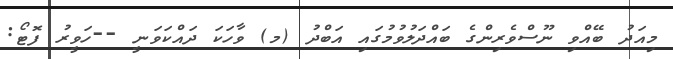
މިއަދު ބޭއްވި ނޫސްވެރިންގެ ބައްދަލުވުމުގައި އަބްދު (މ) ވާހަކަ ދައްކަވަނީ --ހަވީރު ފޮޓޯ: